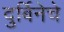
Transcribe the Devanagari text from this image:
दुर्बिनेचे